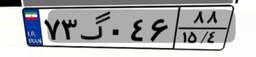
۲۷گ۹۰۱۳۳